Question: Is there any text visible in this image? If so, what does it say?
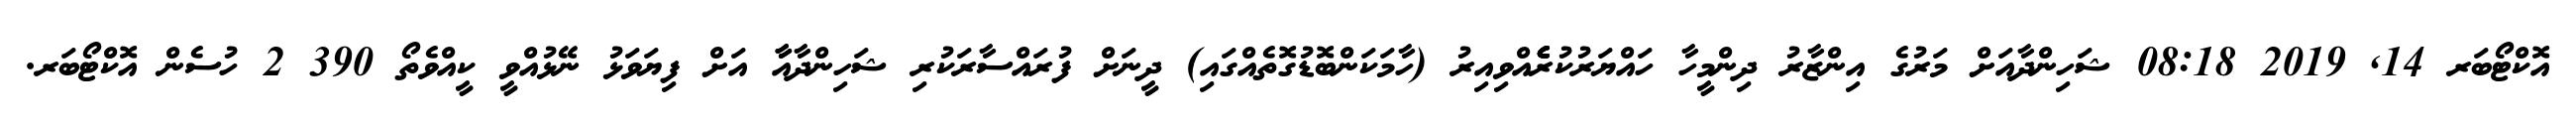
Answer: އޮކްޓޯބަރ 14, 2019 08:18 ޝަހިންދާއަށް މަރުގެ އިންޒާރު ދިންމީހާ ހައްޔަރުކުރެެެެެއްވިއިރު (ހާމަކަންބޮޑުގޮތެއްގައި) ދީނަށް ފުރައްސާރަކުރި ޝަހިންދާއާާ އަށް ފިޔަވަޅު ނޭޅުއްވީ ކީއްވެތޯ 390 2 ހުސެން އޮކްޓޯބަރ.